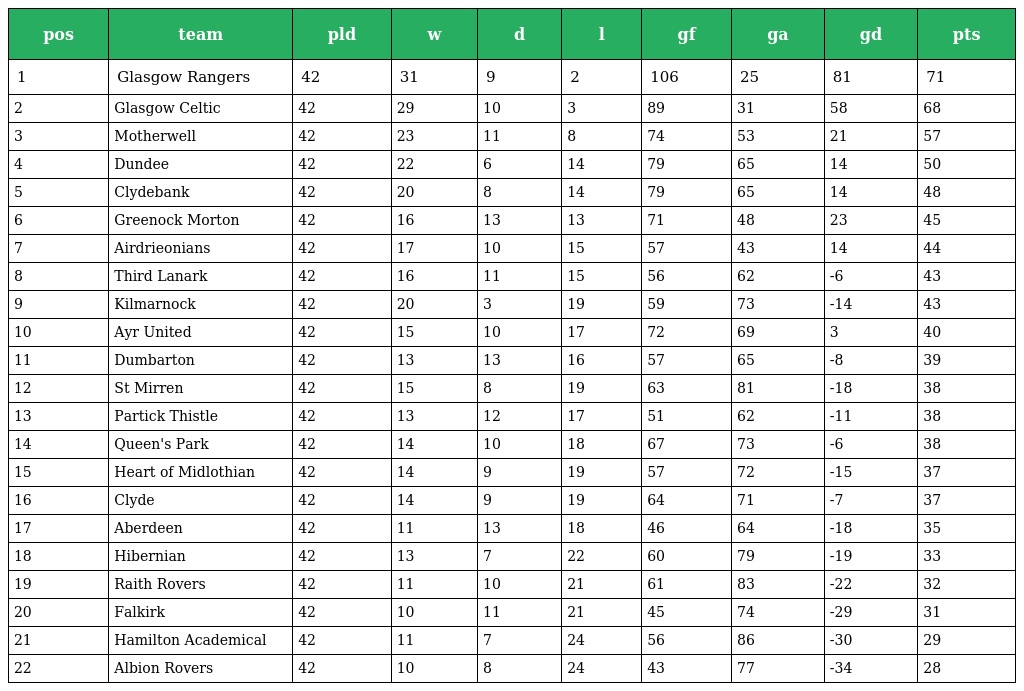
| pos | team | pld | w | d | l | gf | ga | gd | pts |
 | --- | --- | --- | --- | --- | --- | --- | --- | --- | --- |
 | 1 | Glasgow Rangers | 42 | 31 | 9 | 2 | 106 | 25 | 81 | 71 |
 | 2 | Glasgow Celtic | 42 | 29 | 10 | 3 | 89 | 31 | 58 | 68 |
 | 3 | Motherwell | 42 | 23 | 11 | 8 | 74 | 53 | 21 | 57 |
 | 4 | Dundee | 42 | 22 | 6 | 14 | 79 | 65 | 14 | 50 |
 | 5 | Clydebank | 42 | 20 | 8 | 14 | 79 | 65 | 14 | 48 |
 | 6 | Greenock Morton | 42 | 16 | 13 | 13 | 71 | 48 | 23 | 45 |
 | 7 | Airdrieonians | 42 | 17 | 10 | 15 | 57 | 43 | 14 | 44 |
 | 8 | Third Lanark | 42 | 16 | 11 | 15 | 56 | 62 | -6 | 43 |
 | 9 | Kilmarnock | 42 | 20 | 3 | 19 | 59 | 73 | -14 | 43 |
 | 10 | Ayr United | 42 | 15 | 10 | 17 | 72 | 69 | 3 | 40 |
 | 11 | Dumbarton | 42 | 13 | 13 | 16 | 57 | 65 | -8 | 39 |
 | 12 | St Mirren | 42 | 15 | 8 | 19 | 63 | 81 | -18 | 38 |
 | 13 | Partick Thistle | 42 | 13 | 12 | 17 | 51 | 62 | -11 | 38 |
 | 14 | Queen's Park | 42 | 14 | 10 | 18 | 67 | 73 | -6 | 38 |
 | 15 | Heart of Midlothian | 42 | 14 | 9 | 19 | 57 | 72 | -15 | 37 |
 | 16 | Clyde | 42 | 14 | 9 | 19 | 64 | 71 | -7 | 37 |
 | 17 | Aberdeen | 42 | 11 | 13 | 18 | 46 | 64 | -18 | 35 |
 | 18 | Hibernian | 42 | 13 | 7 | 22 | 60 | 79 | -19 | 33 |
 | 19 | Raith Rovers | 42 | 11 | 10 | 21 | 61 | 83 | -22 | 32 |
 | 20 | Falkirk | 42 | 10 | 11 | 21 | 45 | 74 | -29 | 31 |
 | 21 | Hamilton Academical | 42 | 11 | 7 | 24 | 56 | 86 | -30 | 29 |
 | 22 | Albion Rovers | 42 | 10 | 8 | 24 | 43 | 77 | -34 | 28 |